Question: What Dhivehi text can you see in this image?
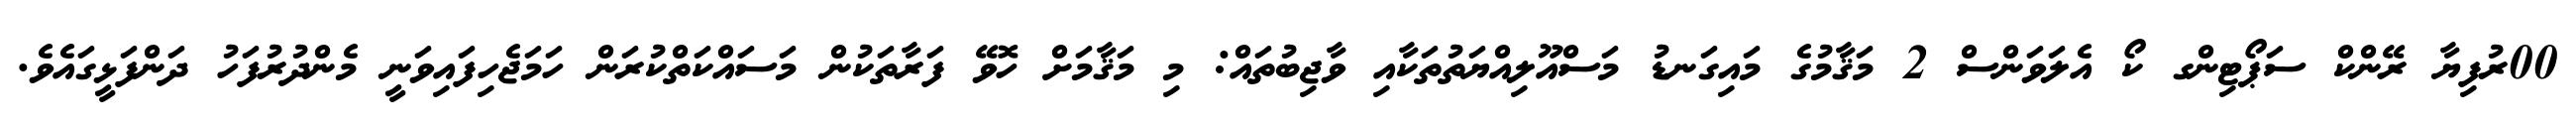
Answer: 00ރުފިޔާ ރޭންކް ސަޕޯޓިންގ ކޯ އެލަވަންސް 2 މަޤާމުގެ މައިގަނޑު މަސްއޫލިއްޔަތުތަކާއި ވާޖިބުތައް: މި މަޤާމަށް ހޮވޭ ފަރާތަކުން މަސައްކަތްކުރަން ހަމަޖެހިފައިވަނީ މެންދުރުފަހު ދަންފަޅީގައެވެ.